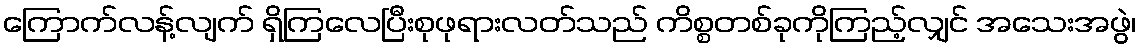
ကြောက်လန့်လျက် ရှိကြလေပြီးစုဖုရားလတ်သည် ကိစ္စတစ်ခုကိုကြည့်လျှင် အသေးအဖွဲ၊